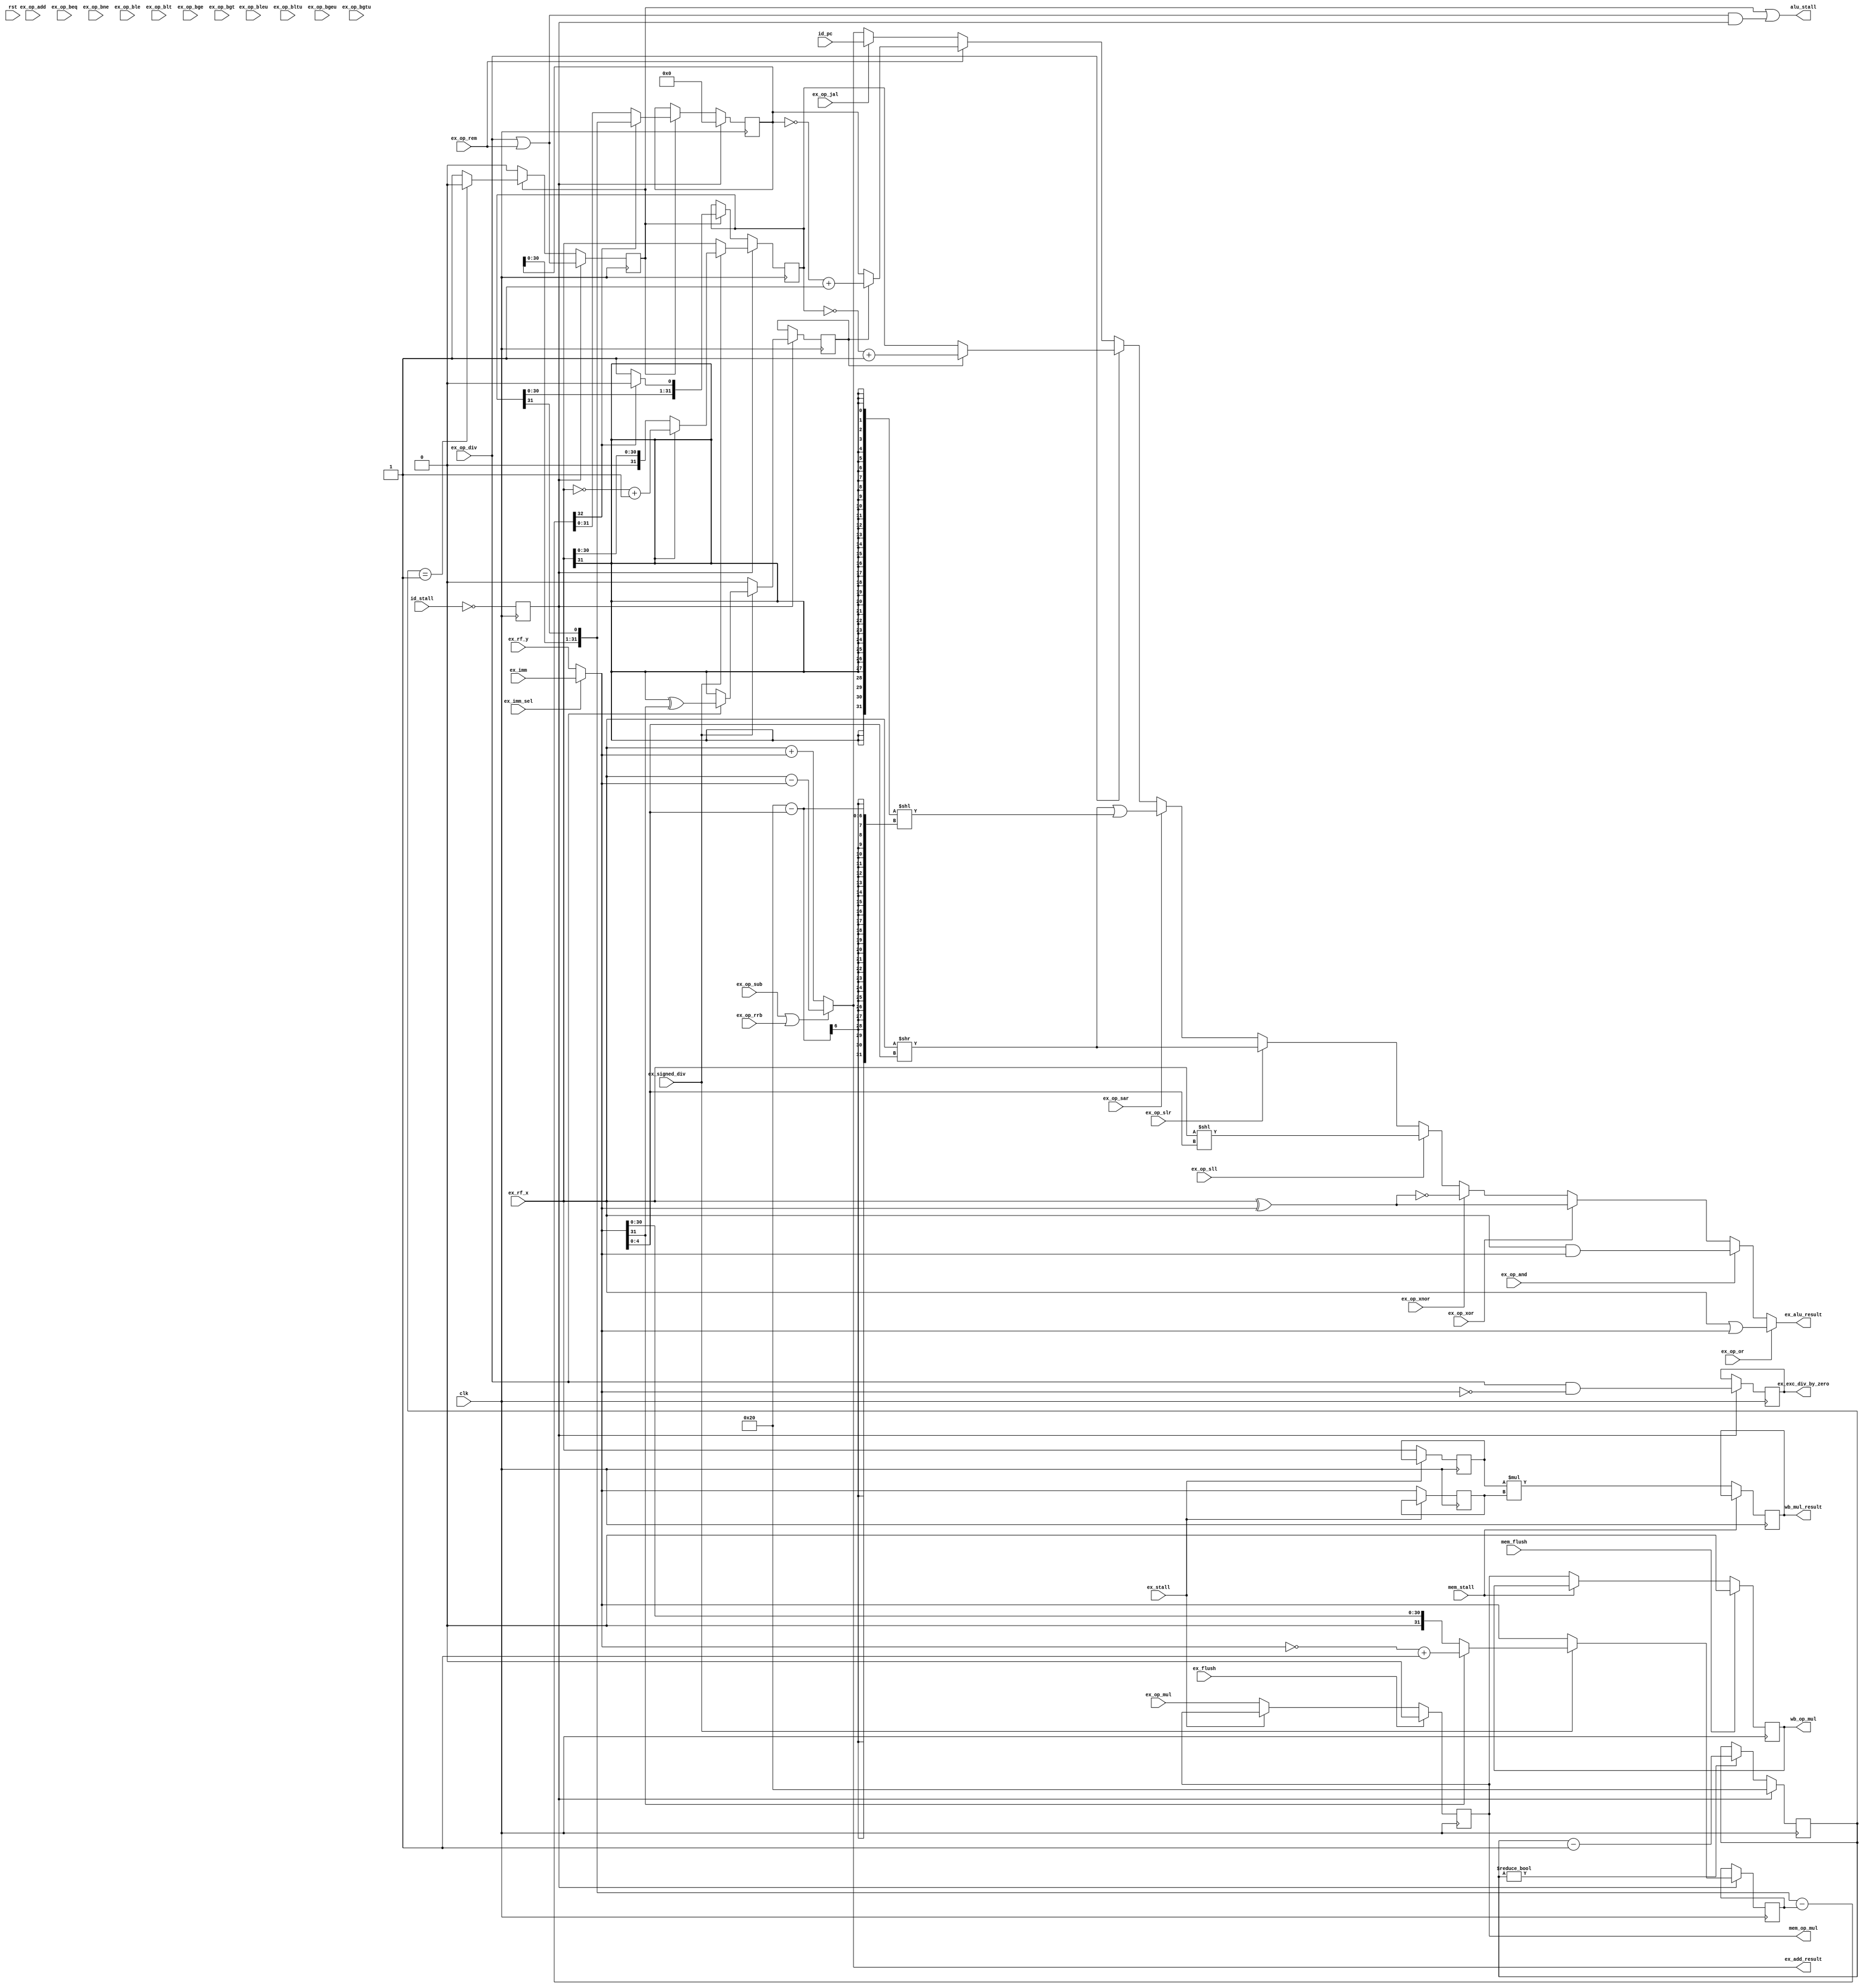
/*
 * Copyright (c) 2014, Stefan Kristiansson <stefan.kristiansson@saunalahti.fi>
 * All rights reserved.
 *
 * Redistribution and use in source and non-source forms, with or without
 * modification, are permitted provided that the following conditions are met:
 *     * Redistributions of source code must retain the above copyright
 *       notice, this list of conditions and the following disclaimer.
 *     * Redistributions in non-source form must reproduce the above copyright
 *       notice, this list of conditions and the following disclaimer in the
 *       documentation and/or other materials provided with the distribution.
 *
 * THIS WORK IS PROVIDED BY THE COPYRIGHT HOLDERS AND CONTRIBUTORS "AS IS"
 * AND ANY EXPRESS OR IMPLIED WARRANTIES, INCLUDING, BUT NOT LIMITED TO,
 * THE IMPLIED WARRANTIES OF MERCHANTABILITY AND FITNESS FOR A PARTICULAR
 * PURPOSE ARE DISCLAIMED. IN NO EVENT SHALL THE COPYRIGHT HOLDER OR
 * CONTRIBUTORS BE LIABLE FOR ANY DIRECT, INDIRECT, INCIDENTAL, SPECIAL,
 * EXEMPLARY, OR CONSEQUENTIAL DAMAGES (INCLUDING, BUT NOT LIMITED TO,
 * PROCUREMENT OF SUBSTITUTE GOODS OR SERVICES;
 * LOSS OF USE, DATA, OR PROFITS; OR BUSINESS INTERRUPTION) HOWEVER CAUSED AND
 * ON ANY THEORY OF LIABILITY, WHETHER IN CONTRACT, STRICT LIABILITY, OR TORT
 * (INCLUDING NEGLIGENCE OR OTHERWISE) ARISING IN ANY WAY OUT OF THE USE OF THIS
 * WORK, EVEN IF ADVISED OF THE POSSIBILITY OF SUCH DAMAGE.
 */

module eco32f_alu (
	input 		  rst,
	input 		  clk,

	input 		  id_stall,
	input 		  ex_stall,
	input 		  mem_stall,

	input 		  ex_flush,
	input 		  mem_flush,

	output 		  alu_stall,

	input [31:0] 	  id_pc,

	input 		  ex_op_add,
	input 		  ex_op_sub,
	input 		  ex_op_mul,
	input 		  ex_op_div,
	input 		  ex_op_rem,
	input 		  ex_op_or,
	input 		  ex_op_and,
	input 		  ex_op_xor,
	input 		  ex_op_xnor,
	input 		  ex_op_sll,
	input 		  ex_op_slr,
	input 		  ex_op_sar,
	input 		  ex_op_beq,
	input 		  ex_op_bne,
	input 		  ex_op_ble,
	input 		  ex_op_bleu,
	input 		  ex_op_blt,
	input 		  ex_op_bltu,
	input 		  ex_op_bge,
	input 		  ex_op_bgeu,
	input 		  ex_op_bgt,
	input 		  ex_op_bgtu,
	input 		  ex_op_jal,

	input 		  ex_op_rrb,

	input 		  ex_signed_div,

	input [31:0] 	  ex_rf_x,
	input [31:0] 	  ex_rf_y,
	input [31:0] 	  ex_imm,
	input 		  ex_imm_sel,

	output [31:0] 	  ex_add_result,

	output [31:0] 	  ex_alu_result,

	output reg 	  ex_exc_div_by_zero,

	output reg 	  mem_op_mul,
	output reg 	  wb_op_mul,
	output reg [31:0] wb_mul_result
);

wire [31:0]	x;
wire [31:0]	y;
wire 		add_carry;
wire 		add_overflow;
wire 		sub_overflow;
wire [31:0]	add_result;
wire [31:0]	or_result;
wire [31:0]	xor_result;
wire [31:0]	and_result;
wire [31:0]	slr_result;
wire [31:0]	sll_result;
wire [31:0]	sar_result;
wire [31:0]	div_result;
wire [31:0]	rem_result;
wire		x_eq_y;
wire		x_lts_y;
wire		x_ltu_y;

wire		div_stall;

assign x = ex_rf_x;
assign y = ex_imm_sel ? ex_imm : ex_rf_y;
assign {add_carry, add_result} = (ex_op_sub | ex_op_rrb) ? x - y : x + y;
assign add_overflow = (x[31] == y[31]) & (x[31] ^ add_result[31]);
assign sub_overflow = (x[31] != y[31]) & (x[31] ^ add_result[31]);
assign or_result = x | y;
assign xor_result = x ^ y;
assign and_result = x & y;

assign sll_result = x << y[4:0];
assign slr_result = x >> y[4:0];
assign sar_result = (x >> y[4:0]) | ({32{x[31]}} << (32 - y[4:0]));

assign ex_alu_result = ex_op_or ? or_result :
		       ex_op_and ? and_result :
		       ex_op_xor ? xor_result :
		       ex_op_xnor ? ~xor_result :
		       ex_op_sll ? sll_result :
		       ex_op_slr ? slr_result :
		       ex_op_sar ? sar_result :
		       ex_op_div ? div_result :
		       ex_op_rem ? rem_result :
		       ex_op_jal ? id_pc :
		       add_result;

assign ex_add_result = add_result;

assign alu_stall = div_stall;

//
// Serial divider
// Handles div* and rem* instructions
//
reg [5:0]	div_cnt;
reg [31:0]	div_n;
reg [31:0]	div_d;
reg [31:0]	div_r;
wire [32:0]	div_sub;
reg		div_neg;
reg		div_load;
reg		div_in_progress;

assign div_stall = div_in_progress | (ex_op_div | ex_op_rem) & div_load;

assign div_result = div_neg ? ~div_n + 1 : div_n;
assign rem_result = div_neg ? ~div_r + 1 : div_r;

always @(posedge clk)
	div_load <= !id_stall;

// Serial division is performed in 32 clock cycles (1 per bit).
always @(posedge clk)
	if (div_load)
		div_cnt <= 32;
	else if (div_cnt != 0)
		div_cnt <= div_cnt - 1;

assign div_sub = {div_r[30:0], div_n[31]} - div_d;

always @(posedge clk) begin
	if (div_load) begin
		div_in_progress <= ex_op_div | ex_op_rem;
		div_n <= x;
		div_d <= y;
		div_r <= 0;
		div_neg <= 0;
		ex_exc_div_by_zero <= ex_op_div & (y == 0);

		// Perform unsigned division on converted operands.
		if (ex_signed_div) begin
			if (ex_op_div)
				div_neg <= x[31] ^ y[31];
			else
				div_neg <= x[31];

			if (x[31])
				div_n <= ~x + 1;
			if (y[31])
				div_d <= ~y + 1;
		end
	end else if (div_in_progress) begin
		if (!div_sub[32]) begin // div_sub >= 0
			div_r <= div_sub[31:0];
			div_n <= {div_n[30:0], 1'b1};
		end else begin // div_sub < 0
		        div_r <= {div_r[30:0], div_n[31]};
			div_n <= {div_n[30:0], 1'b0};
		end
		if (div_cnt == 1)
			div_in_progress <= 0;
	end
end

//
// Pipelined multiplier.
// Result is ready in wb stage.
//
reg [31:0] mul_x;
reg [31:0] mul_y;

always @(posedge clk) begin
	if (!ex_stall) begin
		mul_x <= x;
		mul_y <= y;
		mem_op_mul <= ex_op_mul;
	end

	if (ex_flush)
		mem_op_mul <= 0;

	if (!mem_stall) begin
		wb_mul_result <= mul_x * mul_y;
		wb_op_mul <= mem_op_mul;
	end

	if (mem_flush)
		wb_op_mul <= 0;
end

endmodule